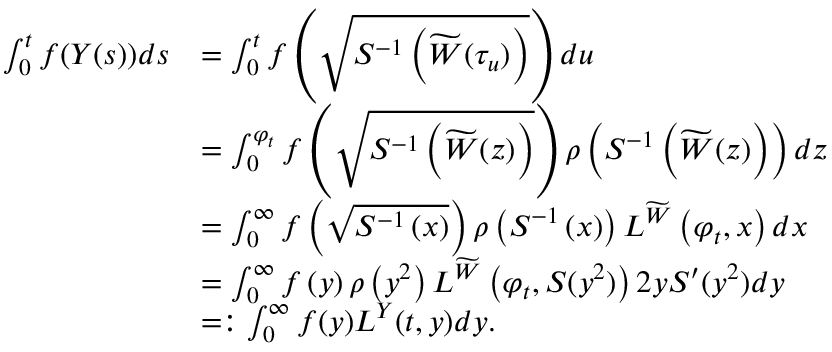
\begin{array} { r l } { \int _ { 0 } ^ { t } f ( Y ( s ) ) d s } & { = \int _ { 0 } ^ { t } f \left( \sqrt { S ^ { - 1 } \left( \widetilde W ( \tau _ { u } ) \right) } \right) d u } \\ & { = \int _ { 0 } ^ { \varphi _ { t } } f \left( \sqrt { S ^ { - 1 } \left( \widetilde W ( z ) \right) } \right) \rho \left( S ^ { - 1 } \left( \widetilde W ( z ) \right) \right) d z } \\ & { = \int _ { 0 } ^ { \infty } f \left( \sqrt { S ^ { - 1 } \left( x \right) } \right) \rho \left( S ^ { - 1 } \left( x \right) \right) L ^ { \widetilde W } \left( \varphi _ { t } , x \right) d x } \\ & { = \int _ { 0 } ^ { \infty } f \left( y \right) \rho \left( y ^ { 2 } \right) L ^ { \widetilde W } \left( \varphi _ { t } , S ( y ^ { 2 } ) \right) 2 y S ^ { \prime } ( y ^ { 2 } ) d y } \\ & { = : \int _ { 0 } ^ { \infty } f ( y ) L ^ { Y } ( t , y ) d y . } \end{array}